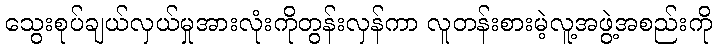
သွေးစုပ်ချယ်လှယ်မှုအားလုံးကိုတွန်းလှန်ကာ လူတန်းစားမဲ့လူ့အဖွဲ့အစည်းကို